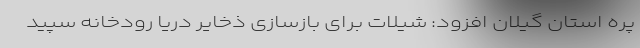
پره استان گیلان افزود: شیلات برای بازسازی ذخایر دریا رودخانه سپید